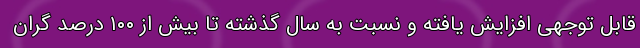
قابل توجهی افزایش یافته و نسبت به سال گذشته تا بیش از ۱۰۰ درصد گران